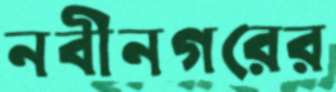
নবীনগরের